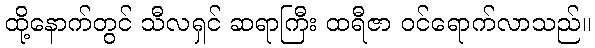
ထို့နောက်တွင် သီလရှင် ဆရာကြီး ထရီဇာ ဝင်ရောက်လာသည်။